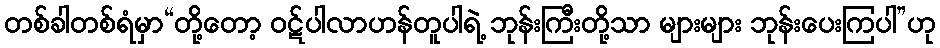
တစ်ခါတစ်ရံမှာ“တို့တော့ ဝဋ်ပါလာဟန်တူပါရဲ့ ဘုန်းကြီးတို့သာ များများ ဘုန်းပေးကြပါ”ဟု